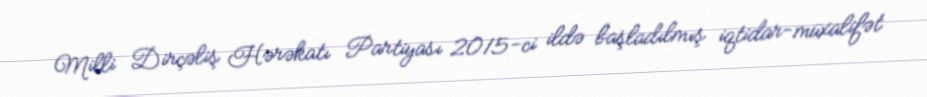
Milli Dirçəliş Hərəkatı Partiyası 2015-ci ildə başladılmış iqtidar-müxalifət